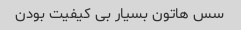
سس هاتون بسیار بی کیفیت بودن